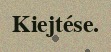
Kiejtése.